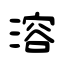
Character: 溶